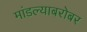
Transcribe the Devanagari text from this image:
मांडल्याबरोबर